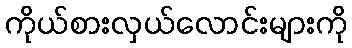
ကိုယ်စားလှယ်လောင်းများကို